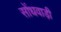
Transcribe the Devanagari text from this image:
सोंधवाड़ी